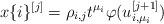
LaTeX: \begin{align*}x\{i\}^{[j]}=\rho_{i,j}t^{\mu_i}\varphi(u_{i,\mu_i}^{[j+1]})\end{align*}